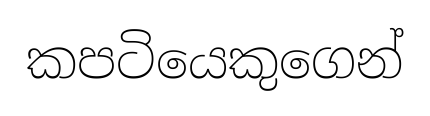
කපටියෙකුගෙන්